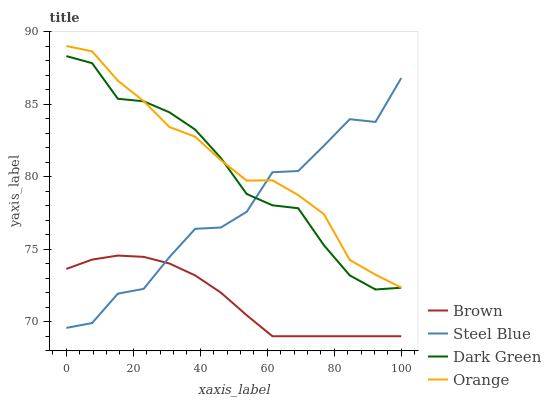
| xaxis_label | Brown | Steel Blue | Dark Green | Orange |
 | --- | --- | --- | --- | --- |
 | 0 | 73.6 | 69.6 | 88.3 | 89 |
 | 7.69 | 74.3 | 69.9 | 87.8 | 88.6 |
 | 15.4 | 74.6 | 71.9 | 85.4 | 86.6 |
 | 23.1 | 74.5 | 72.3 | 85.2 | 85.2 |
 | 30.8 | 74 | 74.5 | 84.4 | 83.4 |
 | 38.5 | 73.2 | 76.4 | 83.2 | 82.7 |
 | 46.2 | 72 | 76.5 | 81.3 | 81.1 |
 | 53.8 | 70.4 | 77.6 | 78.8 | 79.7 |
 | 61.5 | 69 | 80.3 | 78 | 79.7 |
 | 69.2 | 69 | 80.4 | 77.8 | 78.7 |
 | 76.9 | 69 | 82.1 | 75.3 | 77.4 |
 | 84.6 | 69 | 84 | 73.2 | 74.3 |
 | 92.3 | 69 | 83.8 | 72.2 | 73.2 |
 | 100 | 69 | 86.8 | 72.3 | 72.4 |